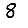
Digit: 8